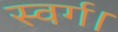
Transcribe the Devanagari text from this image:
स्वर्ग।